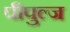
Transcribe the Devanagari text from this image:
पीपुल्ज